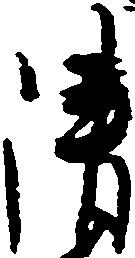
清